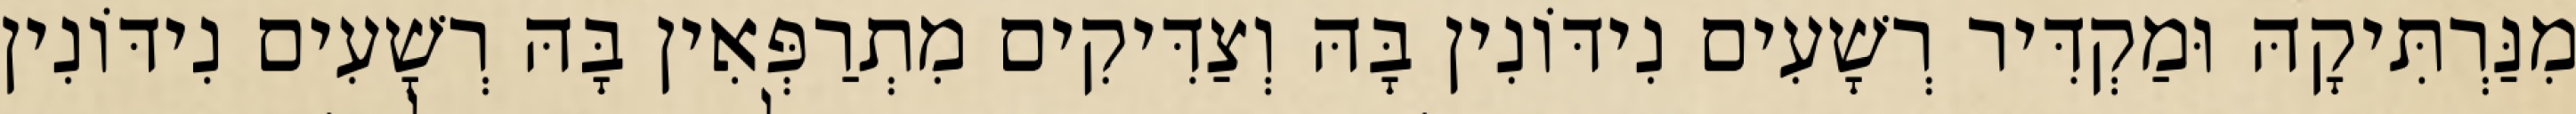
מִנַּרְתִּיקָהּ וּמַקְדִּיר רְשָׁעִים נִידּוֹנִין בָּהּ וְצַדִּיקִים מִתְרַפְּאִין בָּהּ רְשָׁעִים נִידּוֹנִין